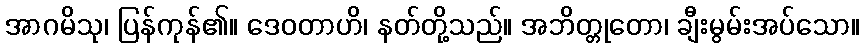
အာဂမိသု၊ ပြန်ကုန်၏။ ဒေဝတာဟိ၊ နတ်တို့သည်။ အဘိတ္တုတော၊ ချီးမွမ်းအပ်သော။